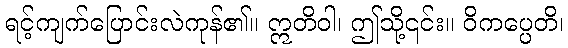
ရင့်ကျက်ပြောင်းလဲကုန်၏။ ဣတိဝါ၊ ဤသို့၎င်း။ ဝိကပ္ပေတိ၊